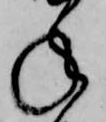
ね